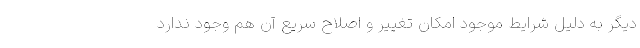
دیگر به دلیل شرایط موجود امکان تغییر و اصلاح سریع آن هم وجود ندارد